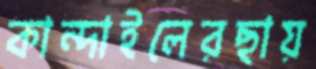
কান্দাইলেরছায়